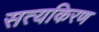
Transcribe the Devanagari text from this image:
सत्यकिरण